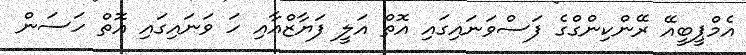
އެމްޕީބީއޭ ރޭންކިންގްގެ ފަސްވަނައިގައި އޮތް އަލީ ފަޔާޒްއާއި ހަ ވަނައިގައި އޮތް ހަސަން